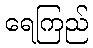
ရေကြည်